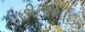
છીતાભાઇ